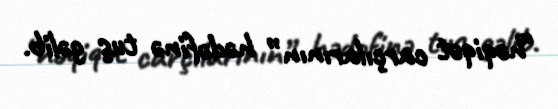
“həqiqət carçılarının” hədəfinə tuş gəlib.